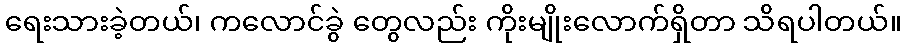
ရေးသားခဲ့တယ်၊ ကလောင်ခွဲ တွေလည်း ကိုးမျိုးလောက်ရှိတာ သိရပါတယ်။